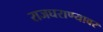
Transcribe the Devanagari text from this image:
राजघराण्यावर